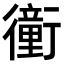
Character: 𧘂